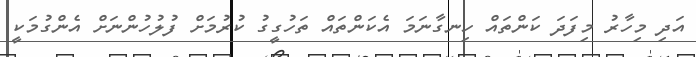
އަދި މިހާރު މިފަދަ ކަންތައް ހިނގާނަމަ އެކަންތައް ތަހުގީގު ކުރުމަށް ފުލުހުންނަށް އެންގުމަކީ